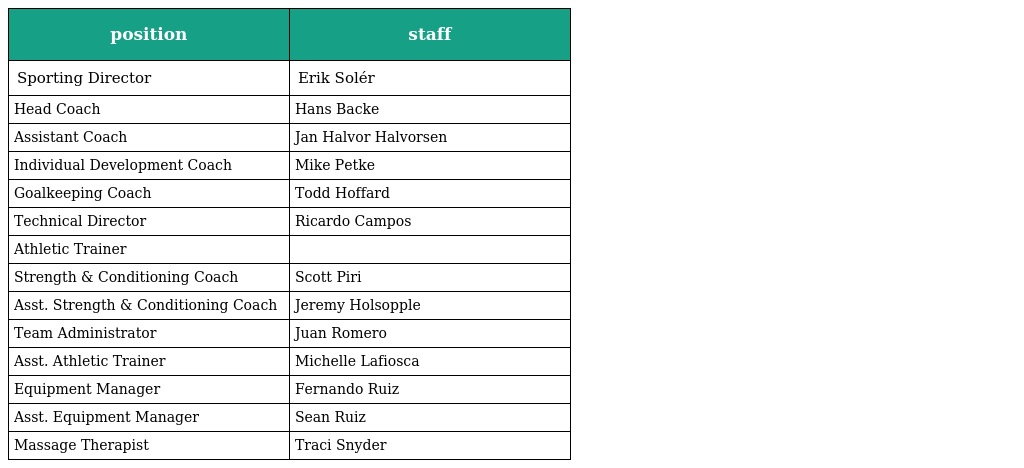
| position | staff |
 | --- | --- |
 | Sporting Director | Erik Solér |
 | Head Coach | Hans Backe |
 | Assistant Coach | Jan Halvor Halvorsen |
 | Individual Development Coach | Mike Petke |
 | Goalkeeping Coach | Todd Hoffard |
 | Technical Director | Ricardo Campos |
 | Athletic Trainer |  |
 | Strength & Conditioning Coach | Scott Piri |
 | Asst. Strength & Conditioning Coach | Jeremy Holsopple |
 | Team Administrator | Juan Romero |
 | Asst. Athletic Trainer | Michelle Lafiosca |
 | Equipment Manager | Fernando Ruiz |
 | Asst. Equipment Manager | Sean Ruiz |
 | Massage Therapist | Traci Snyder |